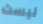
ليست